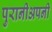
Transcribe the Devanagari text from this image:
पुरानीअपनी